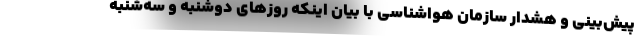
پیش‌بینی و هشدار سازمان هواشناسی با بیان اینکه روزهای دوشنبه و سه‌شنبه